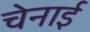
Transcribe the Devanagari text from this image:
चेनाई